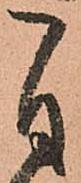
自